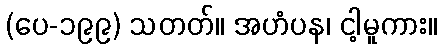
(ပေ-၁၉၉) သတတ်။ အဟံပန၊ ငါ့မူကား။